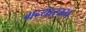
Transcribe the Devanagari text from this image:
ग्रन्थारम्भ